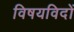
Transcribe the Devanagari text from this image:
विषयविदों